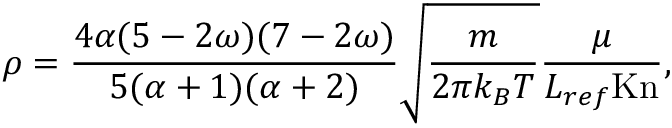
\rho = \frac { 4 \alpha ( 5 - 2 \omega ) ( 7 - 2 \omega ) } { 5 ( \alpha + 1 ) ( \alpha + 2 ) } \sqrt { \frac { m } { 2 \pi k _ { B } T } } \frac { \mu } { L _ { r e f } \mathrm { K n } } ,